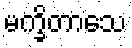
မက္ခိတာသေ